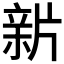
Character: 𤗟